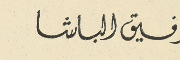
توفيق الباشا